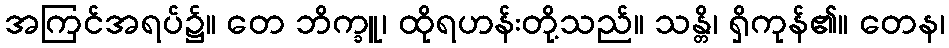
အကြင်အရပ်၌။ တေ ဘိက္ခူ၊ ထိုရဟန်းတို့သည်။ သန္တိ၊ ရှိကုန်၏။ တေန၊